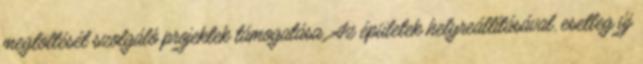
megtöltését szolgáló projektek támogatása. Az épületek helyreállításával, esetleg új